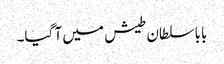
بابا سلطان طیش میں آ گیا۔